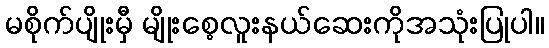
မစိုက်ပျိုးမှီ မျိုးစေ့လူးနယ်ဆေးကိုအသုံးပြုပါ။